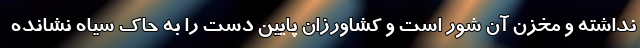
نداشته و مخزن آن شور است و کشاورزان پایین دست را به حاک سیاه نشانده